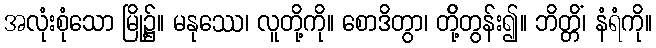
အလုံးစုံသော မြို့၌။ မနုဿေ၊ လူတို့ကို။ စောဒိတွာ၊ တို့်တွန်း၍။ ဘိတ္တိံ၊ နံရံကို။